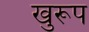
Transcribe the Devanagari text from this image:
खुरूप